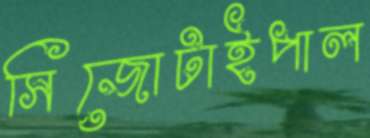
সিজোটাইপাল